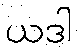
ယဒါ